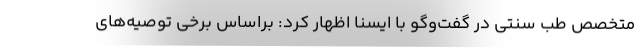
متخصص طب سنتی در گفت‌وگو با ایسنا اظهار کرد: براساس برخی توصیه‌های